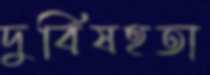
দুর্বিষহতা